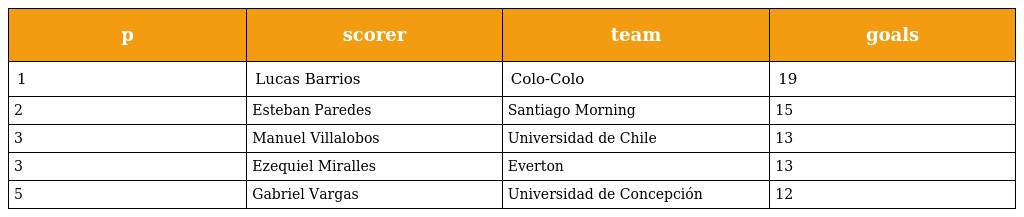
| p | scorer | team | goals |
 | --- | --- | --- | --- |
 | 1 | Lucas Barrios | Colo-Colo | 19 |
 | 2 | Esteban Paredes | Santiago Morning | 15 |
 | 3 | Manuel Villalobos | Universidad de Chile | 13 |
 | 3 | Ezequiel Miralles | Everton | 13 |
 | 5 | Gabriel Vargas | Universidad de Concepción | 12 |